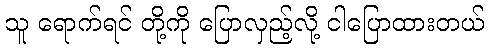
သူ ရောက်ရင် တို့ကို ပြောလှည့်လို့ ငါပြောထားတယ်